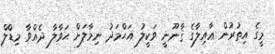
މީގެ އިތުރުން ޢާއިލާގެ ޤާނޫނީ ވަކީލު އަޙްމަދު ނިމާލަށް ޙަވާލާ ދެއްވާ މިޑްލް